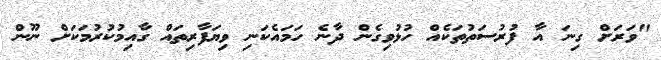
"ވަރަށް ގިނަ އާ ފުރުސަތުތަކެއް ހުޅުވިގެން ދާނެ ހަަމައެކަނި ވިޔަފާރިތައް ގާއިމުކުރުމަކަށް ނޫން